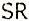
SR